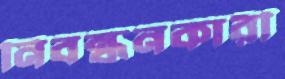
নিবন্ধনকারী